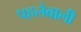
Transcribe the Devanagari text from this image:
पहलेवाली